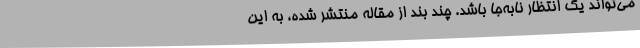
می‌تواند یک انتظار نابه‌جا باشد. چند بند از مقاله منتشر شده، به این